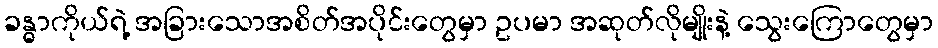
ခန္ဓာကိုယ်ရဲ့ အခြားသောအစိတ်အပိုင်းတွေမှာ ဥပမာ အဆုတ်လိုမျိုးနဲ့ သွေးကြောတွေမှာ